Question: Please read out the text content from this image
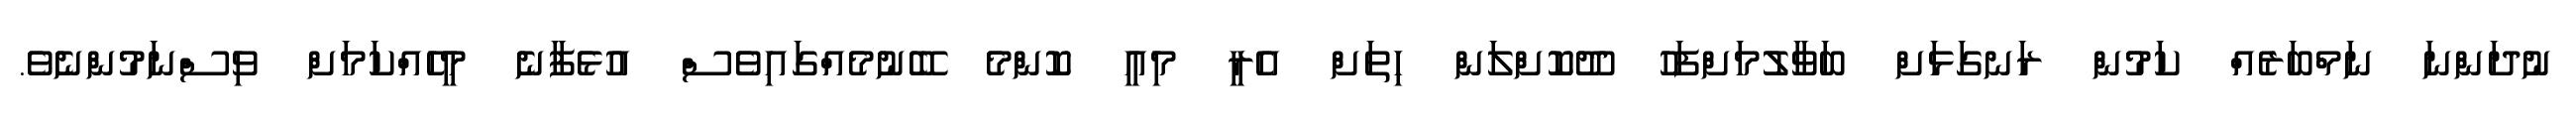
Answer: ނުދަންނަ ނަމްބަރެއް ކަމުން ރަނގަޅަށް ބަވާލުމަށްފަހު ދޫކޮށްލަން ހިތަށް އެރީ މިއީ ކޮންމެ ބޭނުމެއްގައިވެސް އުޅެފާނެ މީހެއްކަމަށް ވިސްނަމުންނެވެ.